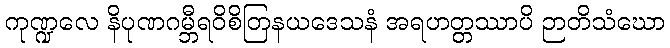
ကုဏ္ဍလေ နိပုဏဂမ္ဘီရဝိစိတြနယဒေသနံ အရဟတ္တဿာပိ ဉာတိသံဃော